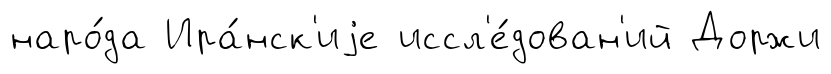
наро́да Ира́нск'иjе иссл'е́дован'ий Доржи